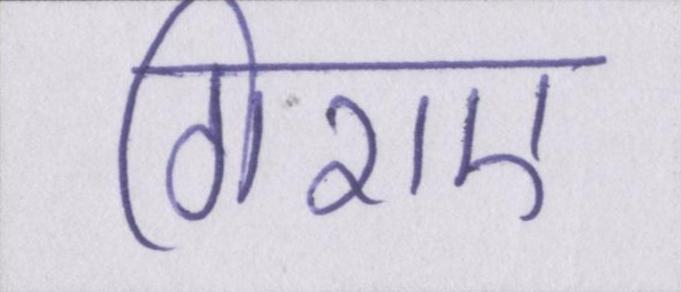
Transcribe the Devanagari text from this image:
गिराए